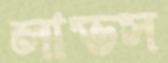
লাভস